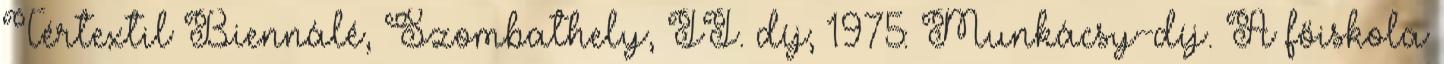
Tértextil Biennálé, Szombathely, II. díj; 1975: Munkácsy-díj. A főiskola